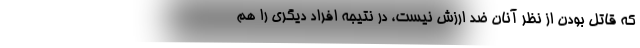
که قاتل بودن از نظر آنان ضد ارزش نیست، در نتیجه افراد دیگری را هم